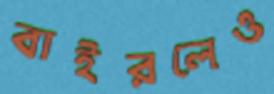
বাইরলেও